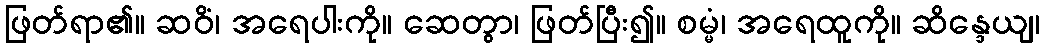
ဖြတ်ရာ၏။ ဆဝိံ၊ အရေပါးကို။ ဆေတွာ၊ ဖြတ်ပြီး၍။ စမ္မံ၊ အရေထူကို။ ဆိန္ဒေယျ၊